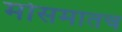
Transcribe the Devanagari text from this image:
मोसमातच